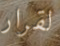
لقرار